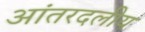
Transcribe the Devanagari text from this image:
आंतरदलीय